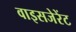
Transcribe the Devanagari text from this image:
वाइसजेरेंट